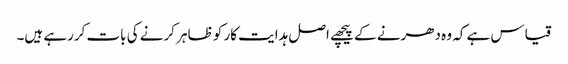
قیاس ہے کہ وہ دھرنے کے پیچھے اصل ہدایت کار کو ظاہر کرنے کی بات کررہے ہیں۔